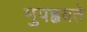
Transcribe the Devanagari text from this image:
मुपह्वयते